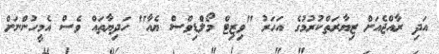
އަދި ރާއްޖެއަށް ޒިޔާރަތްކުރުމުގެ އަހަރު "ވިޒިޓް މޯލްޑިވްސް ޔެއާ" ހަދިޔާތައް ވެސް އެމީހުންނަށް